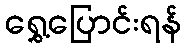
ရွှေ့ပြောင်းရန်